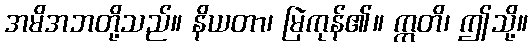
အမိအဘတို့သည်။ နိယတာ၊ မြဲကုန်၏။ ဣတိ၊ ဤသို့။